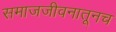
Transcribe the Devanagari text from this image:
समाजजीवनातूनच